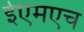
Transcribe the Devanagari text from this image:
ईएमएच